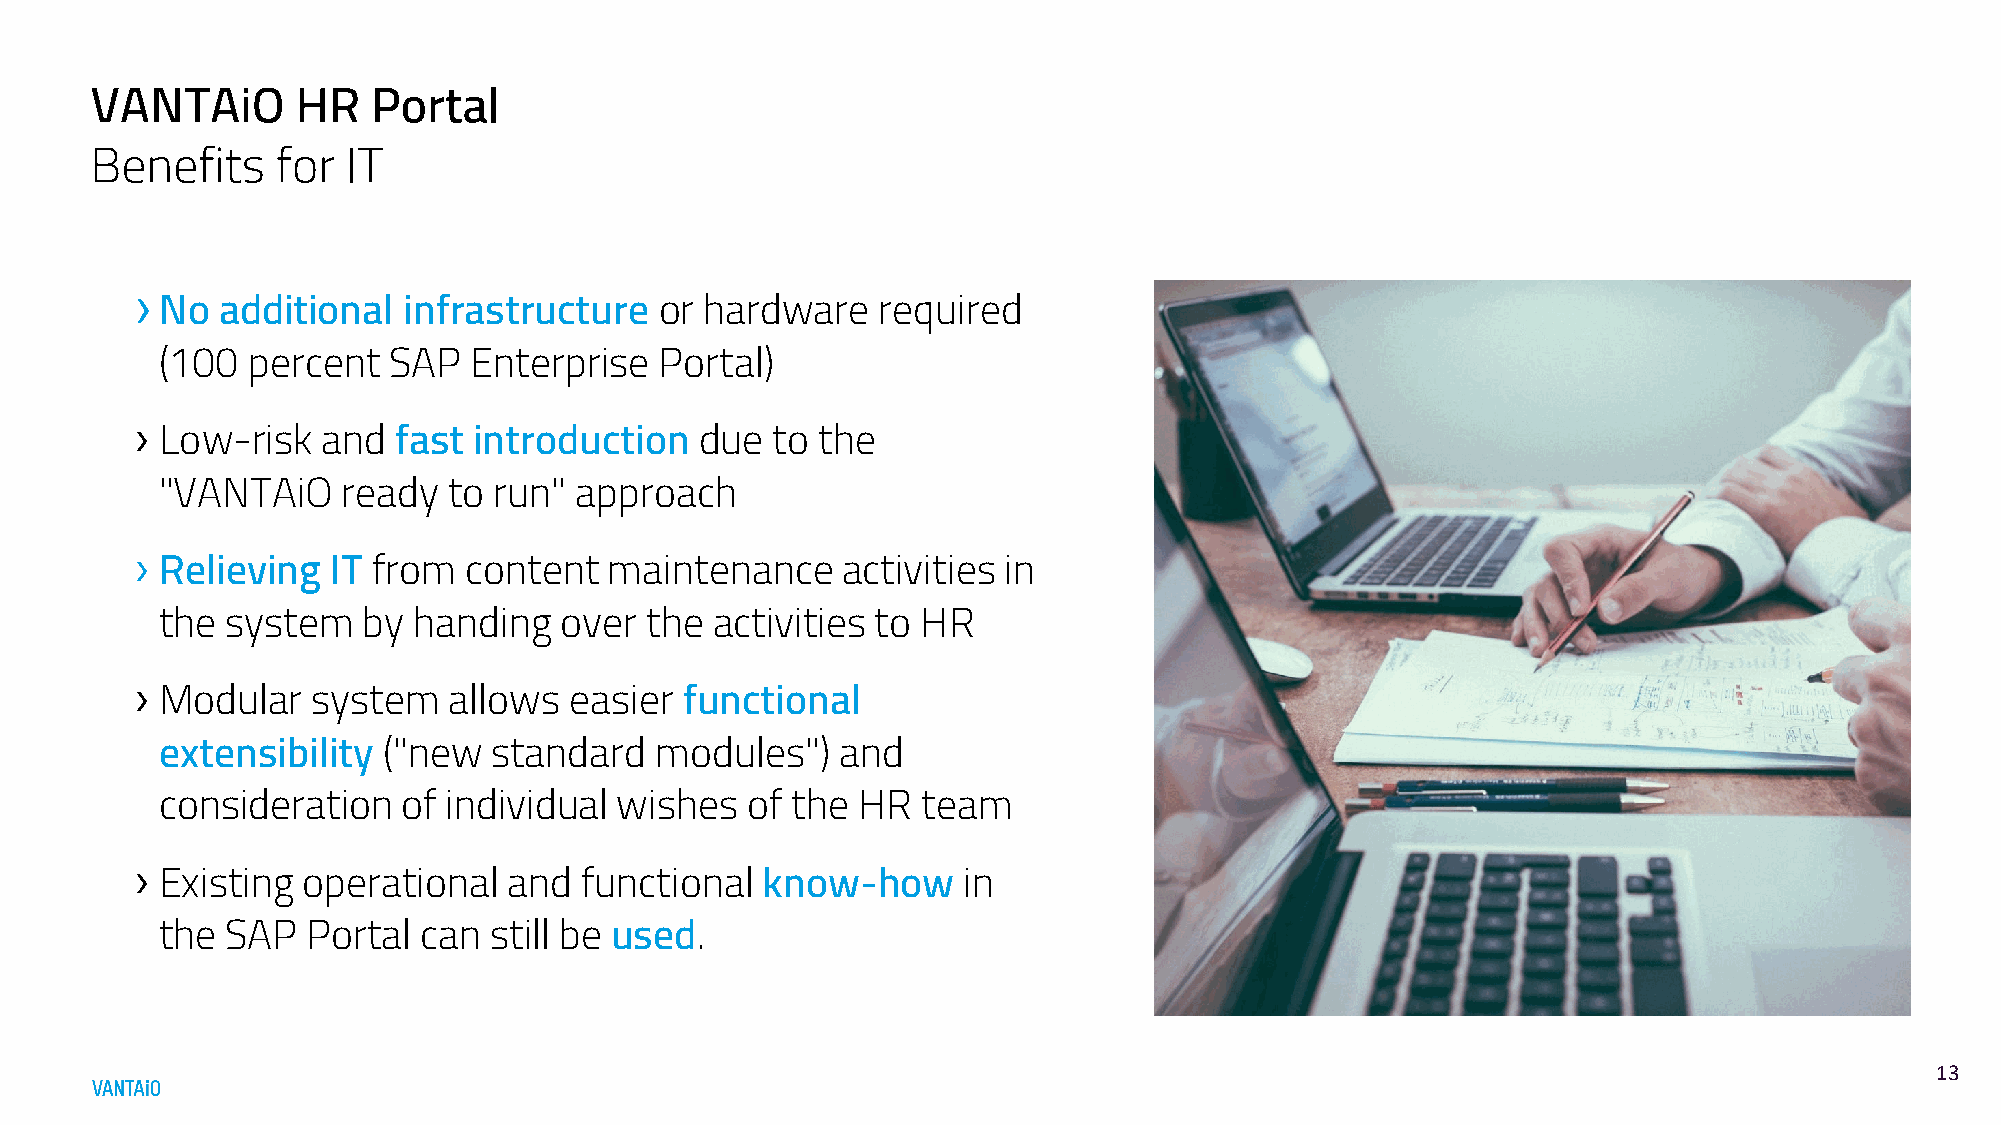
VANTAiO       HR   Portal
 Benefits    for  IT
 ›
 No additional   infrastructure   or hardware   required
 (100 percent   SAP  Enterprise   Portal)
 ›
 Low-risk  and  fast introduction   due  to the
 "VANTAiO    ready  to run" approach
 ›
 Relieving  IT from  content  maintenance     activities in
 the system   by handing   over  the activities to HR
 ›
 Modular   system   allows  easier functional
 extensibility ("new   standard  modules")    and
 consideration   of individual wishes  of the  HR  team
 ›
 Existing operational   and  functional know-how      in
 the SAP  Portal  can still be used.
 1133